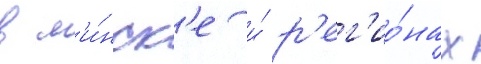
в м'и́нск'е и́ р'ег'ио́нах